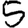
Digit: 5